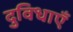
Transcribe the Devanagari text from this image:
दुविधाएँ